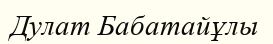
Дулат Бабатайұлы